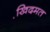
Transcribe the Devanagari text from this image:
खि़दमत